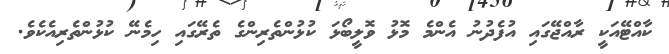
ކާއްޓޭއަކީ ރާއްޖޭގައި އުފެދުނު އެންމެ މޮޅު ވޮލީބޯޅަ ކުޅުންތެރިންގެ ތެރޭގައި ހިމެނޭ ކުޅުންތެރިއެކެވެ.